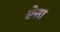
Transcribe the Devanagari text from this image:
ऐत्ता